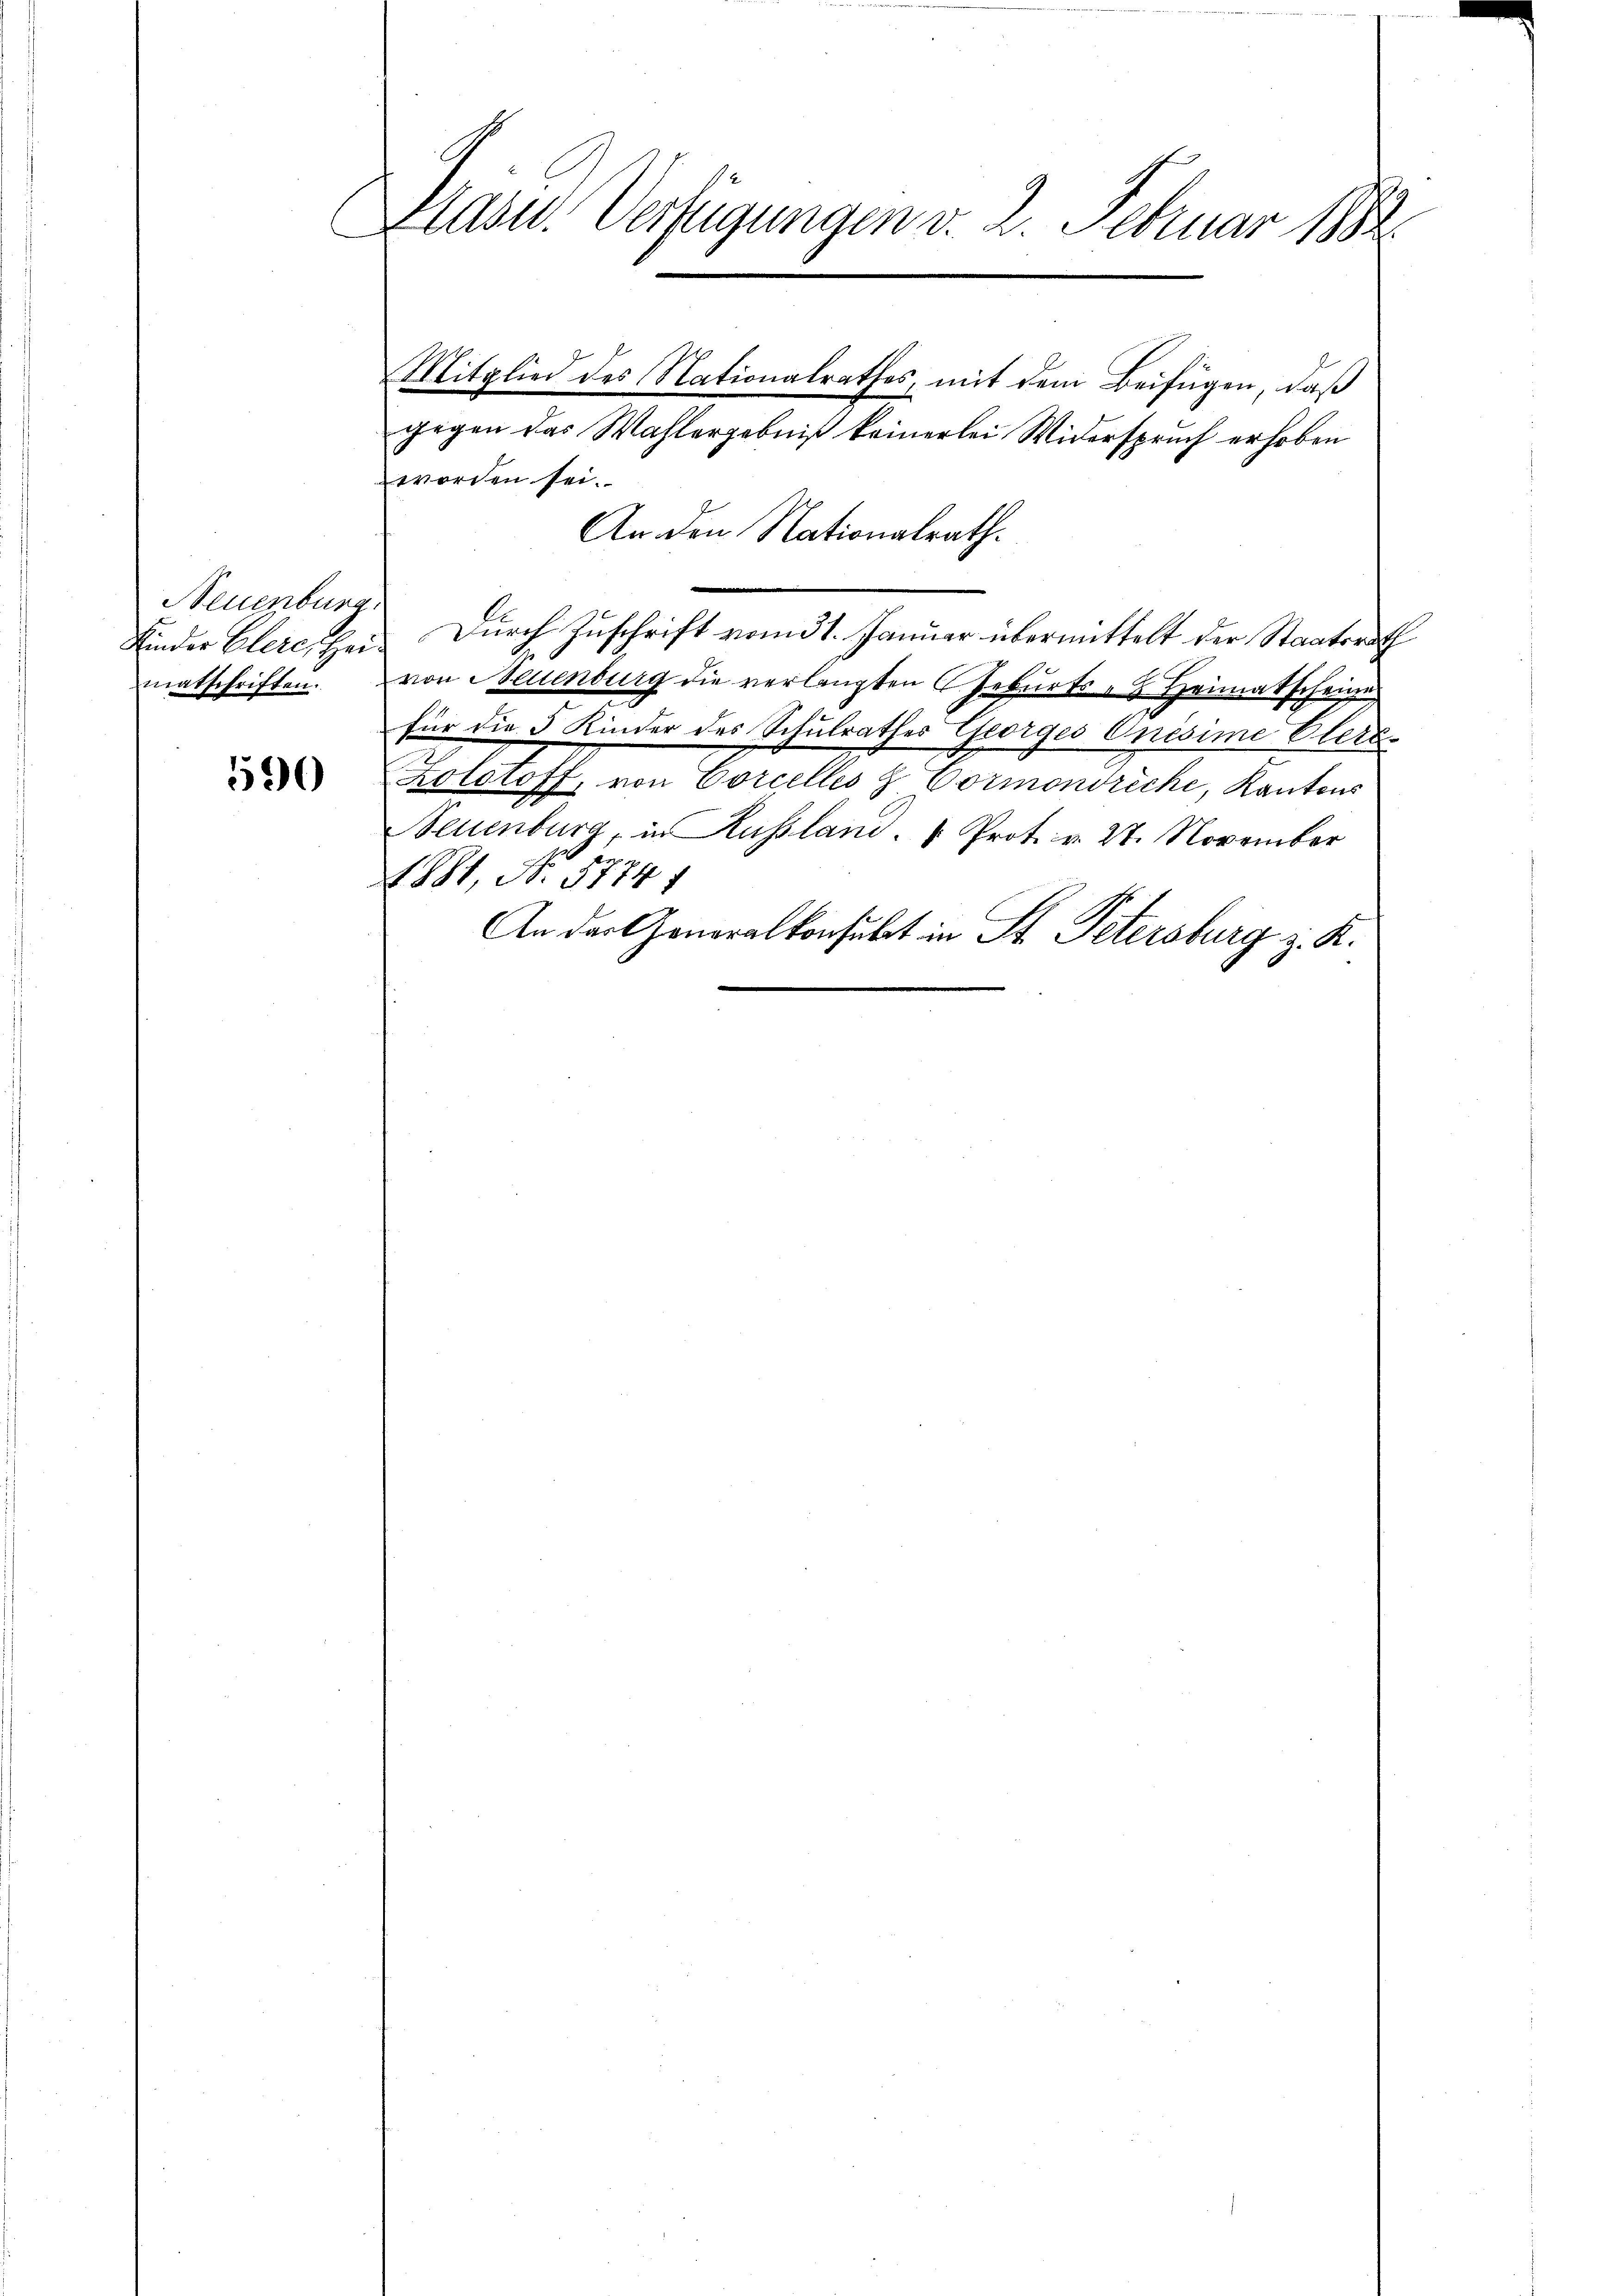
Neuenburg.
matschriften.

590

Läs Verfügungen v. 2. Febuar 188

Mitglied des Nationalrathes, mit dem Beifügen, daß
gegen das Wahlergebniß keinerlei Widerspruch erhoben
worden sei.
An den Nationalrath.
Kinder Elere, bei Durch Zuschrift vom 31. Januar übermittelt der Staatsrath
von Neuenburg die verlangten Geburts - Heimatscheine
für die 5 Kinder des Schulrathes Georges Onisime Eler-
Kolotoff, von Corcelles & Vormondreche, Kantons
Neuenburg, in Russland. " Prot. v. 27. November
br
1881, No. 31741
An der Generalkonsulat in St. Petersburg z. R.